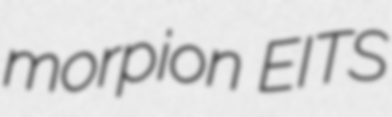
morpion EITS